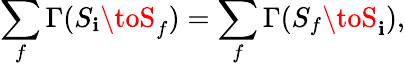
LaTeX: \sum_{f}\Gamma(S_{\mathbf{i}}\toS_{f})=\sum_{f}\Gamma(S_{f}\toS_{\mathbf{i}}),